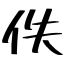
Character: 佚